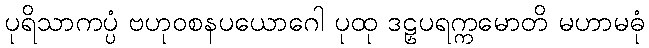
ပုရိသာကပ္ပံ ဗဟုဝစနပယောဂေါ ပုထု ဒဠှပရက္ကမောတိ မဟာမဓုံ